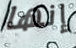
إنها